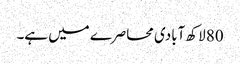
80 لاکھ آبادی محاصرے میں ہے۔